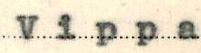
Vippa